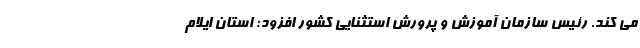
می کند. رئیس سازمان آموزش و پرورش استثنایی کشور افزود: استان ایلام